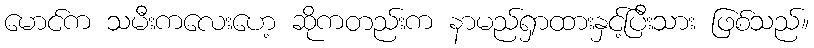
မောင်က သမီးကလေးဟေ့ ဆိုကတည်းက နာမည်ရှာထားနှင့်ပြီးသား ဖြစ်သည်။